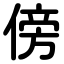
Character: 傍